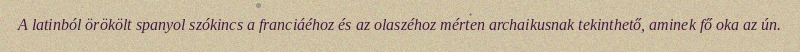
A latinból örökölt spanyol szókincs a franciáéhoz és az olaszéhoz mérten archaikusnak tekinthető, aminek fő oka az ún.